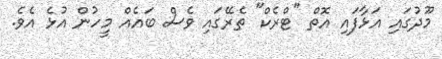
މޫދުގައި އަޅާފައި އޮތް "ޓްރެކް" ތެރޭގައި ވެސް ބައެއް މީހުން އުޅެ އެވެ.